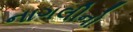
નાગલીનો